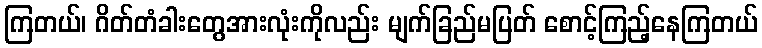
ကြတယ်၊ ဂိတ်တံခါးတွေအားလုံးကိုလည်း မျက်ခြည်မပြတ် စောင့်ကြည့်နေကြတယ်